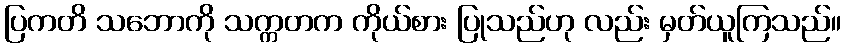
ပြကတိ သဘောကို သက္ကတက ကိုယ်စား ပြုသည်ဟု လည်း မှတ်ယူကြသည်။